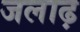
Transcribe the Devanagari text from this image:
जलाढ़